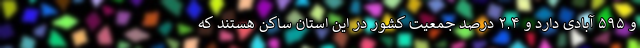
و ۵۹۵ آبادی دارد و ۲.۴ درصد جمعیت کشور در این استان ساکن هستند که